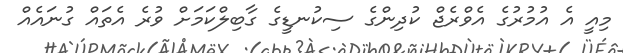
މިއީ އެ އުމުރުގެ އެވްރެޖް ކުދިންގެ ސިކުނޑީގެ ގާބިލްކަމަށް ވުރެ އެތައް ގުނައެއް